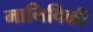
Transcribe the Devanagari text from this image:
मानिविकी